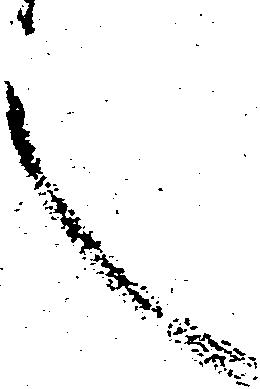
言